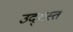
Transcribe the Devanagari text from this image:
उद्‌धस्त